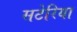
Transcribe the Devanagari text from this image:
सटेरिया